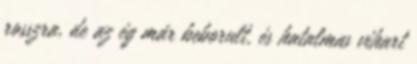
rosszra, de az ég már beborult, és hatalmas vihart